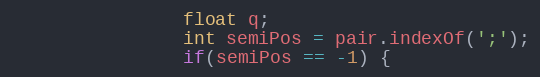
Language: Java
				float q;
				int semiPos = pair.indexOf(';');
				if(semiPos == -1) {